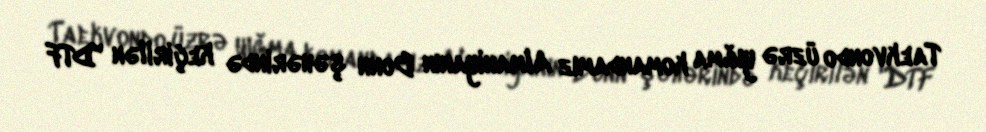
Taekvondo üzrə yığma komandamız Almaniyanın Bonn şəhərində keçirilən "DTF